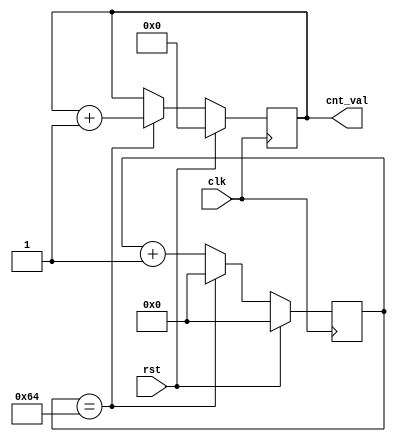
`timescale 1ns / 1ps

module USCNT(
    input clk,
    output [7:0] cnt_val,
    input rst
    );

reg [6:0] us;
reg [7:0] cnt;

always @(posedge clk)
begin
    if (rst)
    begin
        us <= 7'b0;
        cnt <= 8'b0;
    end
    else
    begin
        if (us == 7'd100)
        begin
            us <= 7'b0;
            cnt <= cnt + 7'b1;
        end
        else us <= us + 1'b1;
    end
end

assign cnt_val = cnt;

endmodule